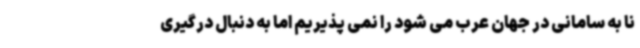
نا به سامانی در جهان عرب می شود را نمی پذیریم اما به دنبال درگیری